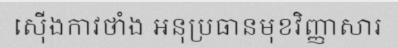
ស៊ើងកាវថាំង អនុប្រធានមុខវិញ្ញាសារ